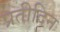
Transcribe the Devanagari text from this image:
प्रतीदिन